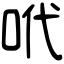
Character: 𠰺